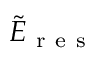
\tilde { E } _ { \mathrm { ~ r ~ e ~ s ~ } }